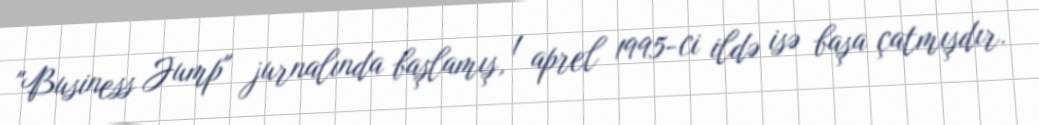
"Business Jump" jurnalında başlamış, 1 aprel 1995-ci ildə isə başa çatmışdır.